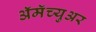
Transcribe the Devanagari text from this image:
ॲमॅच्युअर